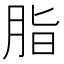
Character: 脂